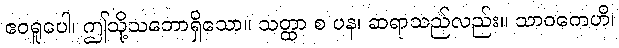
ဧဝရူပေါ၊ ဤသို့သဘောရှိသော။ သတ္ထာ စ ပန၊ ဆရာသည်လည်း။ သာဝကေဟိ၊